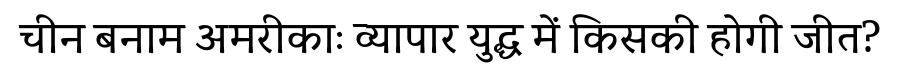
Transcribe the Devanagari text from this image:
चीन बनाम अमरीकाः व्यापार युद्ध में किसकी होगी जीत?